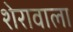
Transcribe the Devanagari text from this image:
शेरावाला